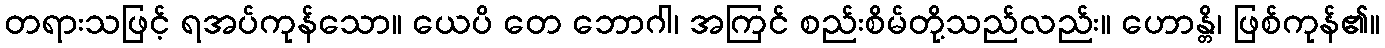
တရားသဖြင့် ရအပ်ကုန်သော။ ယေပိ တေ ဘောဂါ၊ အကြင် စည်းစိမ်တို့သည်လည်း။ ဟောန္တိ၊ ဖြစ်ကုန်၏။